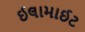
ઈલામાઈટ